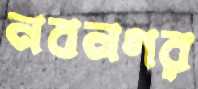
নবনগর